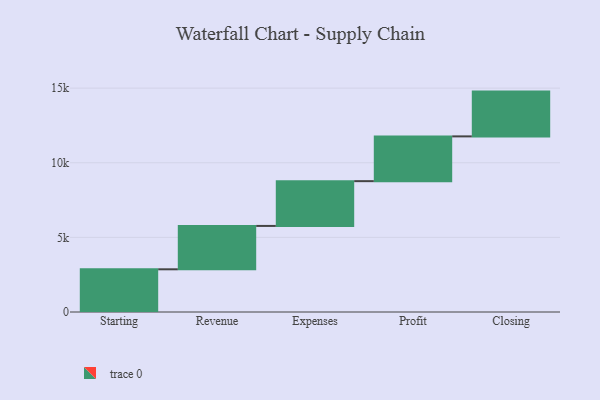
{"axis": {"x": "Step", "y": "Value"}, "legend": [""], "data": [{"x": "Starting", "y": 2861.0, "type": ""}, {"x": "Revenue", "y": 2906.0, "type": ""}, {"x": "Expenses", "y": 3000, "type": ""}, {"x": "Profit", "y": 3000, "type": ""}, {"x": "Closing", "y": 3000, "type": ""}]}